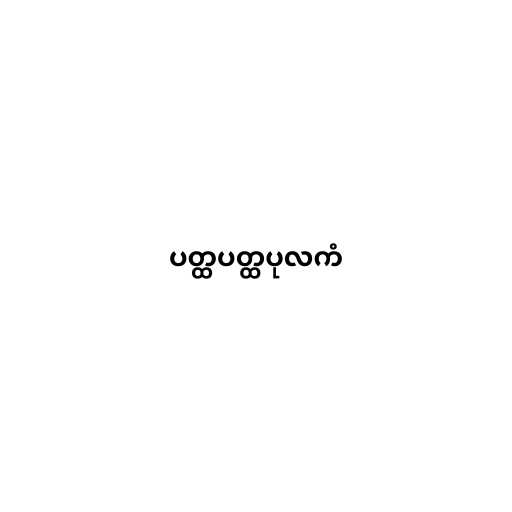
ပတ္ထပတ္ထပုလကံ